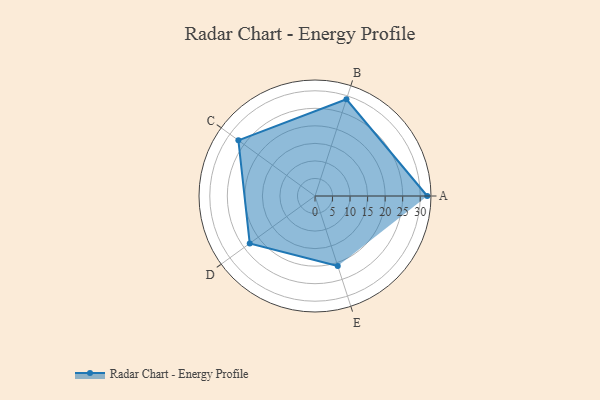
{"axis": {"x": "Skill", "y": "Score"}, "legend": ["Profile"], "data": [{"x": "A", "y": 32.0, "type": "Profile"}, {"x": "B", "y": 29.0, "type": "Profile"}, {"x": "C", "y": 27.0, "type": "Profile"}, {"x": "D", "y": 23.0, "type": "Profile"}, {"x": "E", "y": 21.0, "type": "Profile"}]}